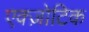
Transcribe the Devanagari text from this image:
एक्ज़ोटिक